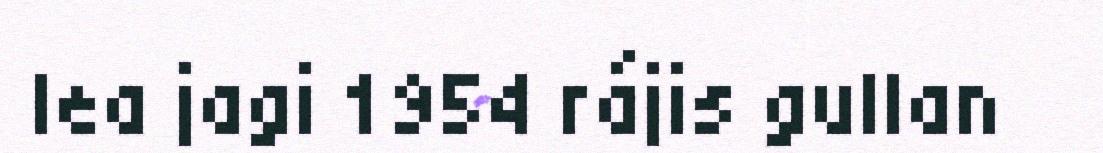
lea jagi 1954 rájis gullan